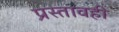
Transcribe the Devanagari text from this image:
प्रस्तावही